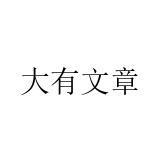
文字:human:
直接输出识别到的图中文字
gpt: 大有文章